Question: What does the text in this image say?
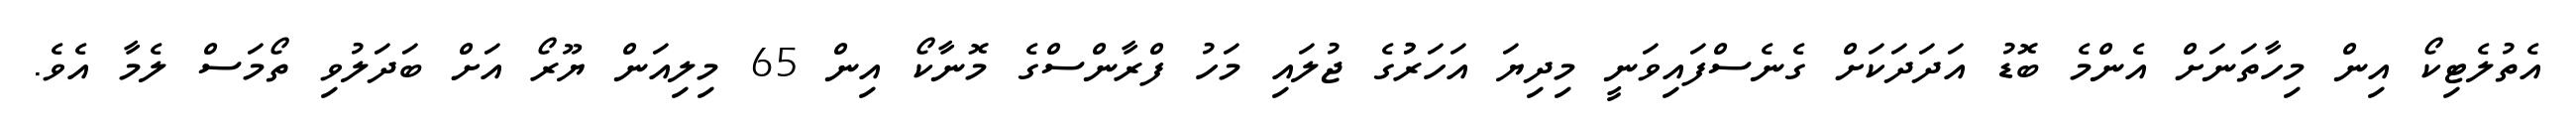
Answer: އެތުލެޓިކޯ އިން މިހާތަނަށް އެންމެ ބޮޑު އަދަދަކަށް ގެނެސްފައިވަނީ މިދިޔަ އަހަރުުގެ ޖުލައި މަހު ފްރާންސްގެ މޮނާކޯ އިން 65 މިލިއަން ޔޫރޯ އަށް ބަދަލުވި ތޯމަސް ލެމާ އެވެ.